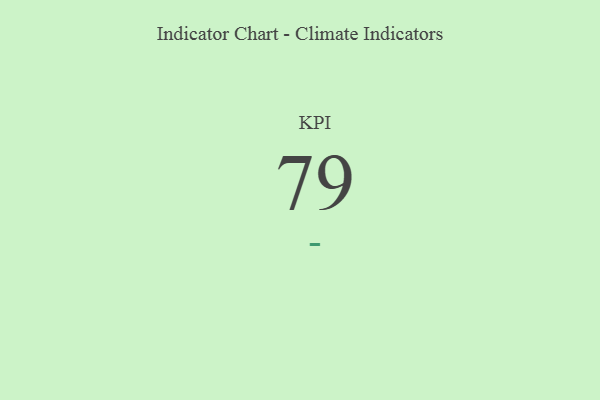
{"axis": {"x": "KPI", "y": "Value"}, "legend": [""], "data": [{"x": "KPI", "y": 79, "type": ""}]}